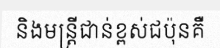
និងមន្ត្រីជាន់ខ្ពស់ជប៉ុនគឺ